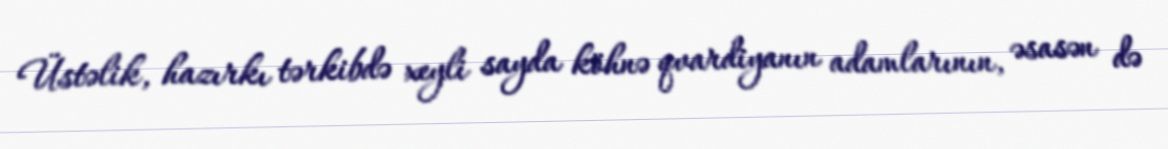
Üstəlik, hazırkı tərkibdə xeyli sayda köhnə qvardiyanın adamlarının, əsasən də